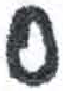
אות: ס